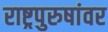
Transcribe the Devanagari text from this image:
राष्ट्रपुरुषांवर